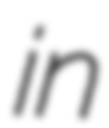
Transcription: in